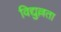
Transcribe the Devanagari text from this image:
विद्युल्लता